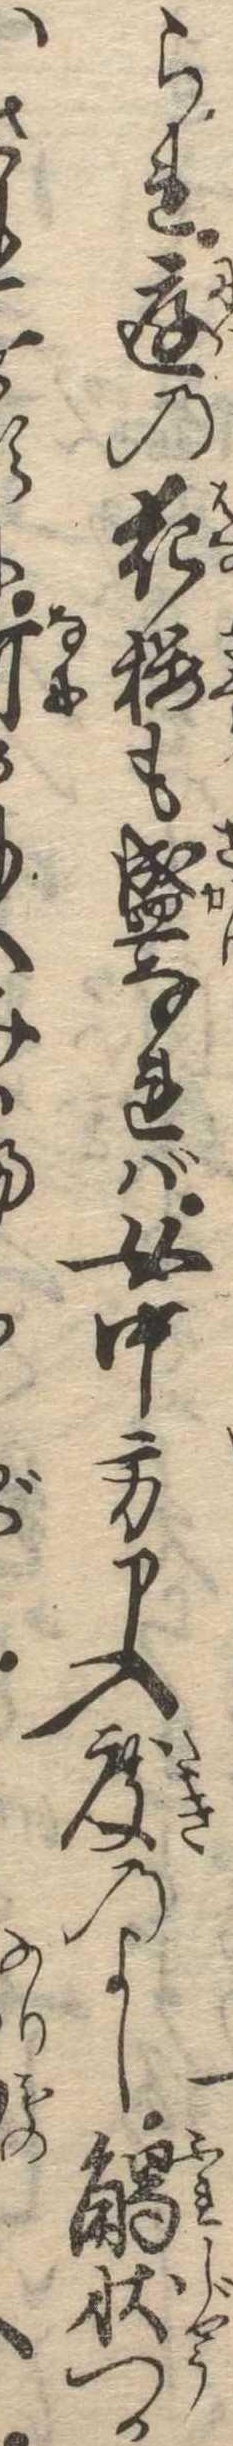
られ庭の花桜も盛なれば女中方申入度のよし触状つかはさく